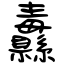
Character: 纛